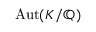
\operatorname { A u t } ( K / \mathbb { Q } )